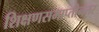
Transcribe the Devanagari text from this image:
शिक्षणसमाप्तीनंतर